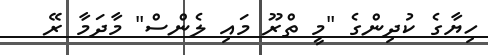
ހިޔާގެ ކުދިންގެ "މީ ތްރޫ މައި ލެންސް" މާދަމާ ރޭ